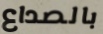
بالصداع